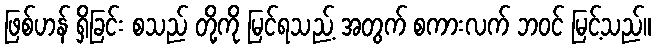
ဖြစ်ဟန် ရှိခြင်း စသည် တို့ကို မြင်ရသည့် အတွက် စကားလက် ဘဝင် မြင့်သည်။